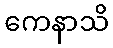
ကေနာသိ